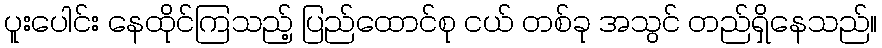
ပူးပေါင်း နေထိုင်ကြသည့် ပြည်ထောင်စု ငယ် တစ်ခု အသွင် တည်ရှိနေသည်။